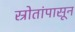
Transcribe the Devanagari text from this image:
स्रोतांपासून